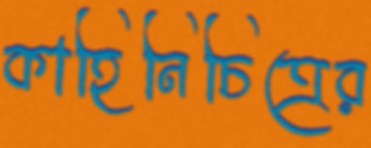
কাহিনিচিত্রের